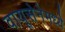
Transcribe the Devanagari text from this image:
वायूसेनेमध्ये